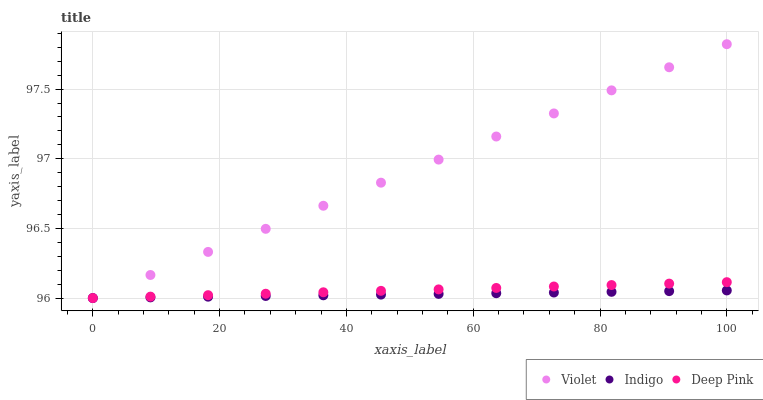
| xaxis_label | Violet | Indigo | Deep Pink |
 | --- | --- | --- | --- |
 | 0 | 96 | 96 | 96 |
 | 9.09 | 96.2 | 96 | 96 |
 | 18.2 | 96.3 | 96 | 96 |
 | 27.3 | 96.5 | 96 | 96 |
 | 36.4 | 96.7 | 96 | 96 |
 | 45.5 | 96.8 | 96 | 96.1 |
 | 54.5 | 97 | 96 | 96.1 |
 | 63.6 | 97.2 | 96 | 96.1 |
 | 72.7 | 97.3 | 96 | 96.1 |
 | 81.8 | 97.5 | 96 | 96.1 |
 | 90.9 | 97.7 | 96 | 96.1 |
 | 100 | 97.8 | 96.1 | 96.1 |